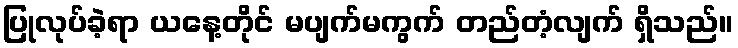
ပြုလုပ်ခဲ့ရာ ယနေ့တိုင် မပျက်မကွက် တည်တံ့လျက် ရှိသည်။